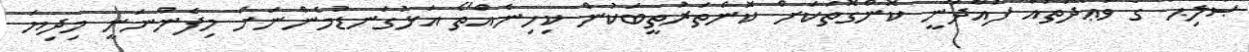
ޞާލިޙް ގެ ވަޢުދުތައް ފުއްދާނީ ކޮންގޮތަކަށް ކޮންތަރުތީބަކުން ކިހިނެއްތޯ އަޅުގަނޑުމެންނަށް މިފެންނަނީ މިދިޔަ